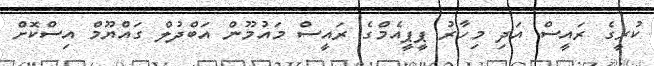
ކުރީގެ ރައީސް އަދި މިހާރު ޕީޕީއެމްގެ ރައީސް މައުމޫން އަބްދުލް ގައްޔޫމް އިސްކޮށް